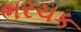
ભરચક